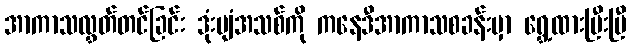
အာကာသလွှတ်တင်ခြင်း ဒုံးပျံအသစ်ကို ကနေဒီအာကာသစခန်းမှာ ရွှေ့ထားပြီးပြီ